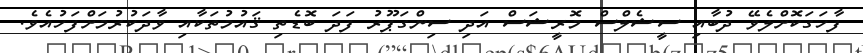
ފާހަގަކޮށްލެވޭ ދުބާއި ސީޝެލްސް މޮރީޝަސް އަދި ސިންގަޕޫރު ފަދަ ބޮޑެތި ޤައުމުތަކާއި ވާދަކުރުމަށްފަހުއެވެ.